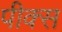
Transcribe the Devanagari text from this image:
पीक्स